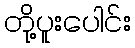
တို့ပူးပေါင်း